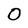
Character: 0